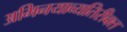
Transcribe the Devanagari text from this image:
अभिनयाव्यतिरीक्त